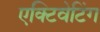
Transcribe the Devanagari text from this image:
एक्टिवेटिंग